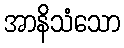
အာနိသံသော